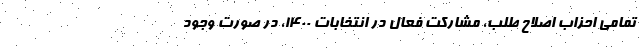
تمامی احزاب اصلاح طلب، مشارکت فعال در انتخابات 1400، در صورت وجود